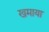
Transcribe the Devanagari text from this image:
खमाया